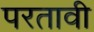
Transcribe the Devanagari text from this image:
परतावी